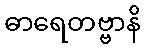
ဓာရေတဗ္ဗာနိ